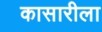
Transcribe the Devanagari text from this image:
कासारीला